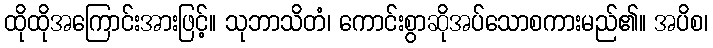
ထိုထိုအကြောင်းအားဖြင့်။ သုဘာသိတံ၊ ကောင်းစွာဆိုအပ်သောစကားမည်၏။ အပိစ၊